Mental hospitals Bombay report 1921-28 - 1921-1928
Year: 1921
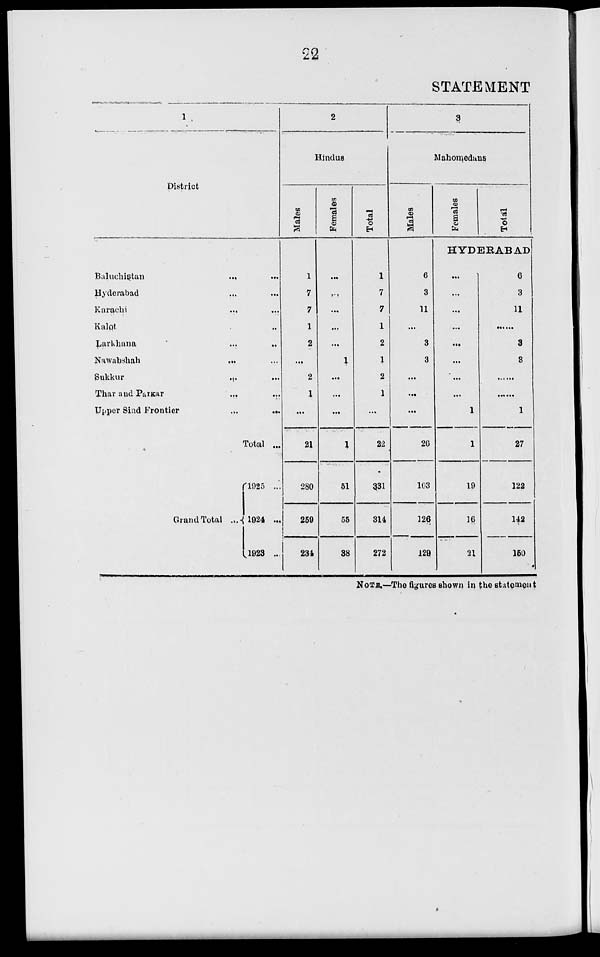
22
STATEMENT
1
District
Baluchistan
...
...
Hyderabad ...
Karachi ...
Kalot ...
Larkhana ... ...
Nawabshah ... ...
Sukkur
...
...
Thar and Parkar
...
...
Upper Sind Frontier ... ...
Total ...
Grand Total
...
1925 ...
1924 ...
1923 ...
2
Hindus
Males
1
7
7
1
2
...
2
1
...
21
280
259
234
Females
...
...
...
...
...
1
...
...
...
1
51
55
38
Total
1
7
7
1
2
1
2
1
...
22
331
314
272
3
Mahomedans
Males
6
3
11
...
3
3
...
...
...
26
103
126
129
Females
Total
HYDERABAD
...
...
...
...
...
...
...
...
1
1
19
16
21
6
3
11
...
3
8
......
......
1
27
122
142
150
NOTE.—The figures shown in the statement